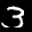
Label: 3